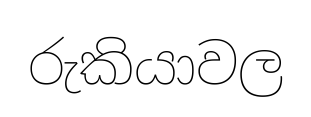
රුකියාවල